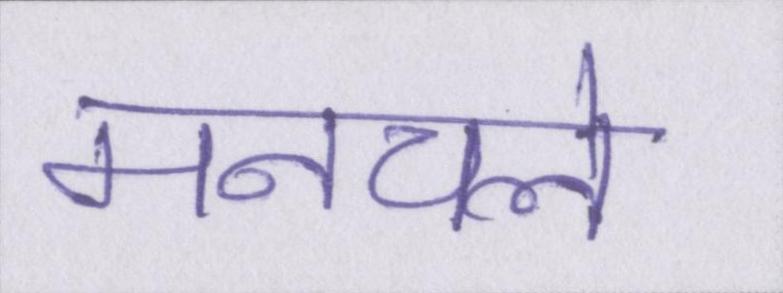
मनचले